Report of the Municipal Commissioner on the plague in Bombay for the year ending 31st May... - Volume 1
Disease focus: Plague
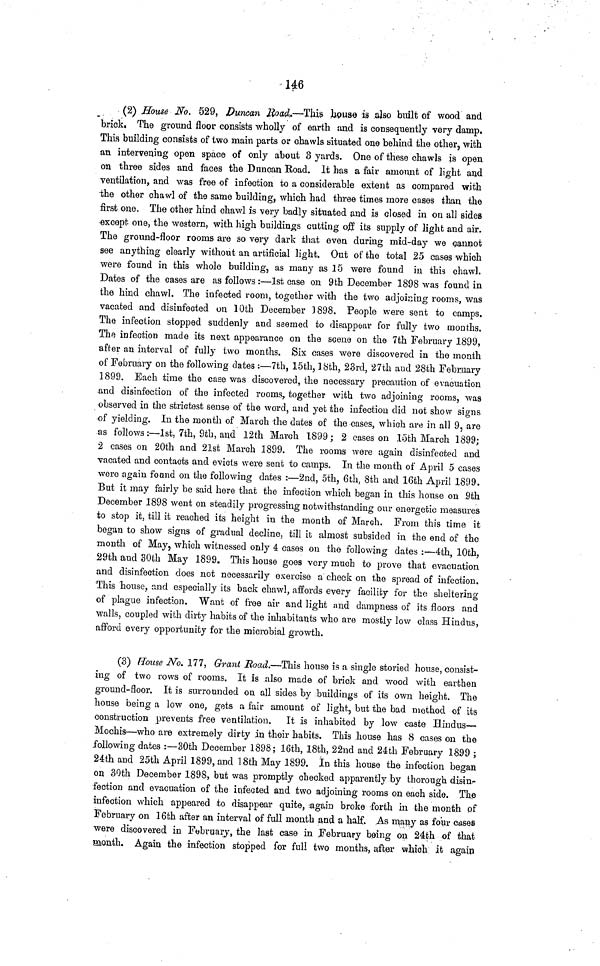
146
(2) House No. 529, Duncan Road,—This jbouse is also built of wood and
brick. The ground floor consists wholly of earth and is consequently very damp.
This building consists of two main parts or chawls situated one behind the other, with
an intervening open space of only about 3 yards. One of these chawls is open
on three sides and faces the Duncan Road. It has a fair amount of light and
ventilation, and was free of infection to a considerable extent as compared with
the other chawl of the same building, which had three times more cases than the
first one. The other hind chawl is very badly situated and is closed in on all sides
except one, the western, with high buildings cutting off its supply of light and air.
The ground-floor rooms are so very dark that even during mid-day we cannot
see anything clearly without an artificial light. Out of the total 25 cases which
were found in this whole building, as many as 15 were found in this chawl.
Datos of the cases are as follows :—1st case on 9th December 1898 was found in
the hind chawi. The infected room, together with the two adjoining rooms, was
vacated and disinfected on 10th December 1898. People were sent to camps.
The infection stopped suddenly and seemed to disappear for fully two months.
The infection made its next appearance on the scene on the 7th February 1899,
after an interval of fully two months. Six cases were discovered in the month
of February on the following dates :—7th, 15th, 18th, 23rd, 27th and 28th February
1899. Bach time the case was discovered, the necessary precaution of evacuation
and disinfection of the infected rooms, together with two adjoining rooms, was
observed in the strictest sense of the word, and yet the infection did not show signs
of yielding. In the month of March the dates of the cases, which are in all 9, are
as follows :—1st, 7th, 9th, and 12th March 1899; 2 cases on 15th March 1899;
2 cases on 20th and 21st March 1899. The rooms were again disinfected and
vacated and contacts and evicts were sent to camps. In the mouth of April 5 cases
were again fotmd on the following dates :—2nd, oth, 6th, 8th and 16th April 1899.
But it may fairly be said here that the infection which began in this house on 9th
December 1898 went on steadily progressing notwithstanding our energetic measures
to stop it, till it reached its height in the month of March. From this time it
began to show signs of gradual decline, till it almost subsided in the end of the
month of May, which witnessed only 4 cases on the following dates :—4th, 10th,
29th and 30th May 1899. This house goes very much to prove that evacuation
and disinfection does not necessarily exercise a check on the spread of infection.
This 'house, and especially its back chawl, affords every facility for the sheltering
of plague infection. Want of free air and light and dampness of its floors and
walls, coupled with dirty habits of the inhabitants who are mostly low class Hindus,
afford every opportunity for the microbial growth.
(3) House No. 177, Grant Road.—This house is a single storied house, consist-
ing of two rows of rooms. It is also made of brick and wood with earthen
ground-floor. It is surrounded on all sides by buildings of its own height. The
house being a low one, gets a fair amount of light, but the bad method of its
construction prevents free ventilation.
It is inhabited by low caste Hindus—
Mochis—who are extremely dirty in their habits. This house has 8 cases on the
following dates :—30th December 1898; 16th, 18th, 22nd and 24th February 1899 ;
24th and 25th April 1899, and 18th May 1899. In this house the infection began
on 30th December 1898, but was promptly checked apparently by thorough disin-
fection and evacuation of the infected and two adjoining rooms on each side. The
infection which appeared to disappear quite, again broke forth in the month of
February on 16th after an interval of full month and a half. As many as four cases
were discovered in February, the last case in February being on 24th of that
month. Again the infection stopped for full two months, after which it again